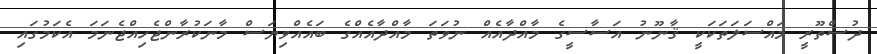
ދުސްތޫރީ މައްސަލަތަކަކީ ޤާނޫނު އަސާސީގެ މާއްދާއެއް ނުވަތަ މާއްދާއެއްގެ ބައެއްވިޔަސް މާނަކުރާންޖެހިއްޖެނަމަ އެކަމުގައި